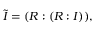
{ \tilde { I } } = ( R : ( R : I ) ) ,